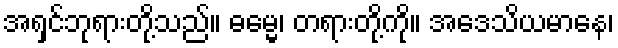
အရှင်ဘုရားတို့သည်။ ဓမ္မေ၊ တရားတို့ကို။ အဒေသိယမာနေ၊